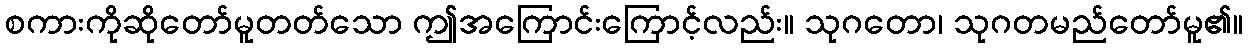
စကားကိုဆိုတော်မူတတ်သော ဤအကြောင်းကြောင့်လည်း။ သုဂတော၊ သုဂတမည်တော်မူ၏။